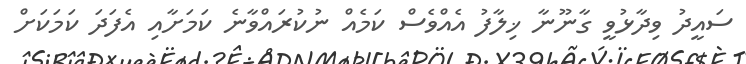
ސައީދު ވިދާޅުވީ ގާނޫނާ ޚިލާފު އެއްވެސް ކަމެއް ނުކުރައްވާނެ ކަމަށާއި އެފަދަ ކަމަކަށް